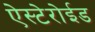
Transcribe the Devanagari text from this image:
ऐस्टेरोईड